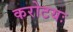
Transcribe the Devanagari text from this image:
करोटयः